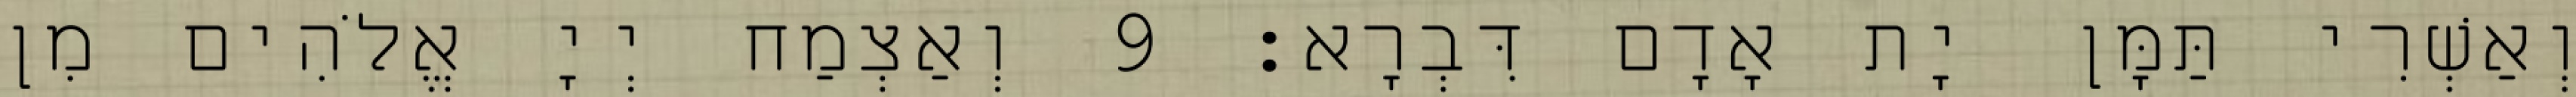
וְאַשְׁרִי תַּמָּן יָת אָדָם דִּבְרָא׃ 9 וְאַצְמַח יְיָ אֱלֹהִים מִן